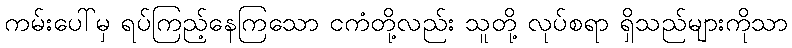
ကမ်းပေါ်မှ ရပ်ကြည့်နေကြသော ငကံတို့လည်း သူတို့ လုပ်စရာ ရှိသည်များကိုသာ